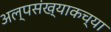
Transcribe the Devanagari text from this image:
अल्पसंख्याकच्या